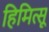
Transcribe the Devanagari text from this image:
हिमित्सू